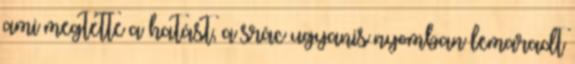
ami megtette a hatást, a srác ugyanis nyomban lemaradt